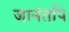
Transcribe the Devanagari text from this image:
जानंतपि